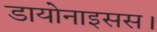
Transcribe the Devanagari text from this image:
डायोनाइसस।